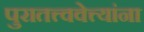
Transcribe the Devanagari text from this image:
पुरातत्त्ववेत्त्यांना